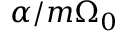
\alpha / m \Omega _ { 0 }